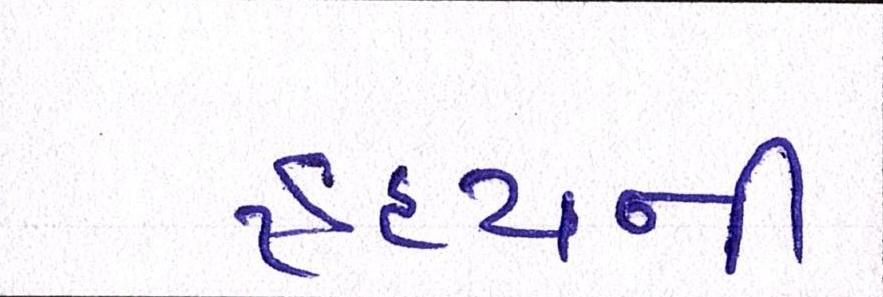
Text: હૃદયની